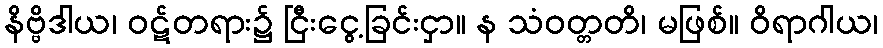
နိဗ္ဗိဒါယ၊ ဝဋ်တရား၌ ငြီးငွေ့ခြင်းငှာ။ န သံဝတ္တတိ၊ မဖြစ်။ ဝိရာဂါယ၊